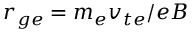
r _ { g e } = m _ { e } v _ { t e } / e B